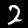
Label: 2